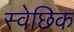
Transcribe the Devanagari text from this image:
स्वेछिक